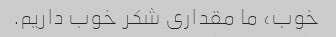
خوب، ما مقداری شکر خوب داریم.